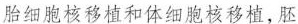
胎细胞核移植和体细胞核移植，胚